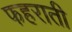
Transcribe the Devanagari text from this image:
फहराती